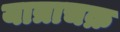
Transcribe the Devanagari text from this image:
यात्राचक्र